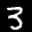
Label: 3